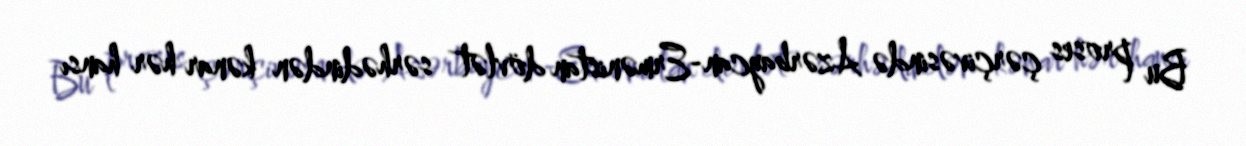
Bu proses çərçivəsində Azərbaycan-Ermənistan dövlət sərhədindən kənar hər hansı